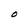
Character: O